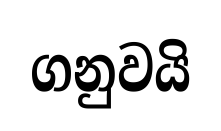
ගනුවයි